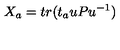
X _ { a } = t r ( t _ { a } u P u ^ { - 1 } )